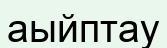
аыйптау